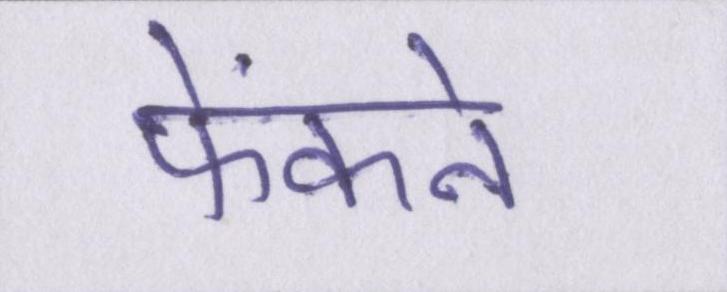
फेंकने